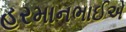
હરમાનભાઈએ